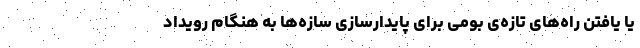
یا یافتن راه‌های تازه‌ی بومی برای پایدارسازی سازه‌ها به هنگام رویداد